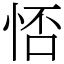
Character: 㤳